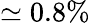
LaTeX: \simeq 0.8\%